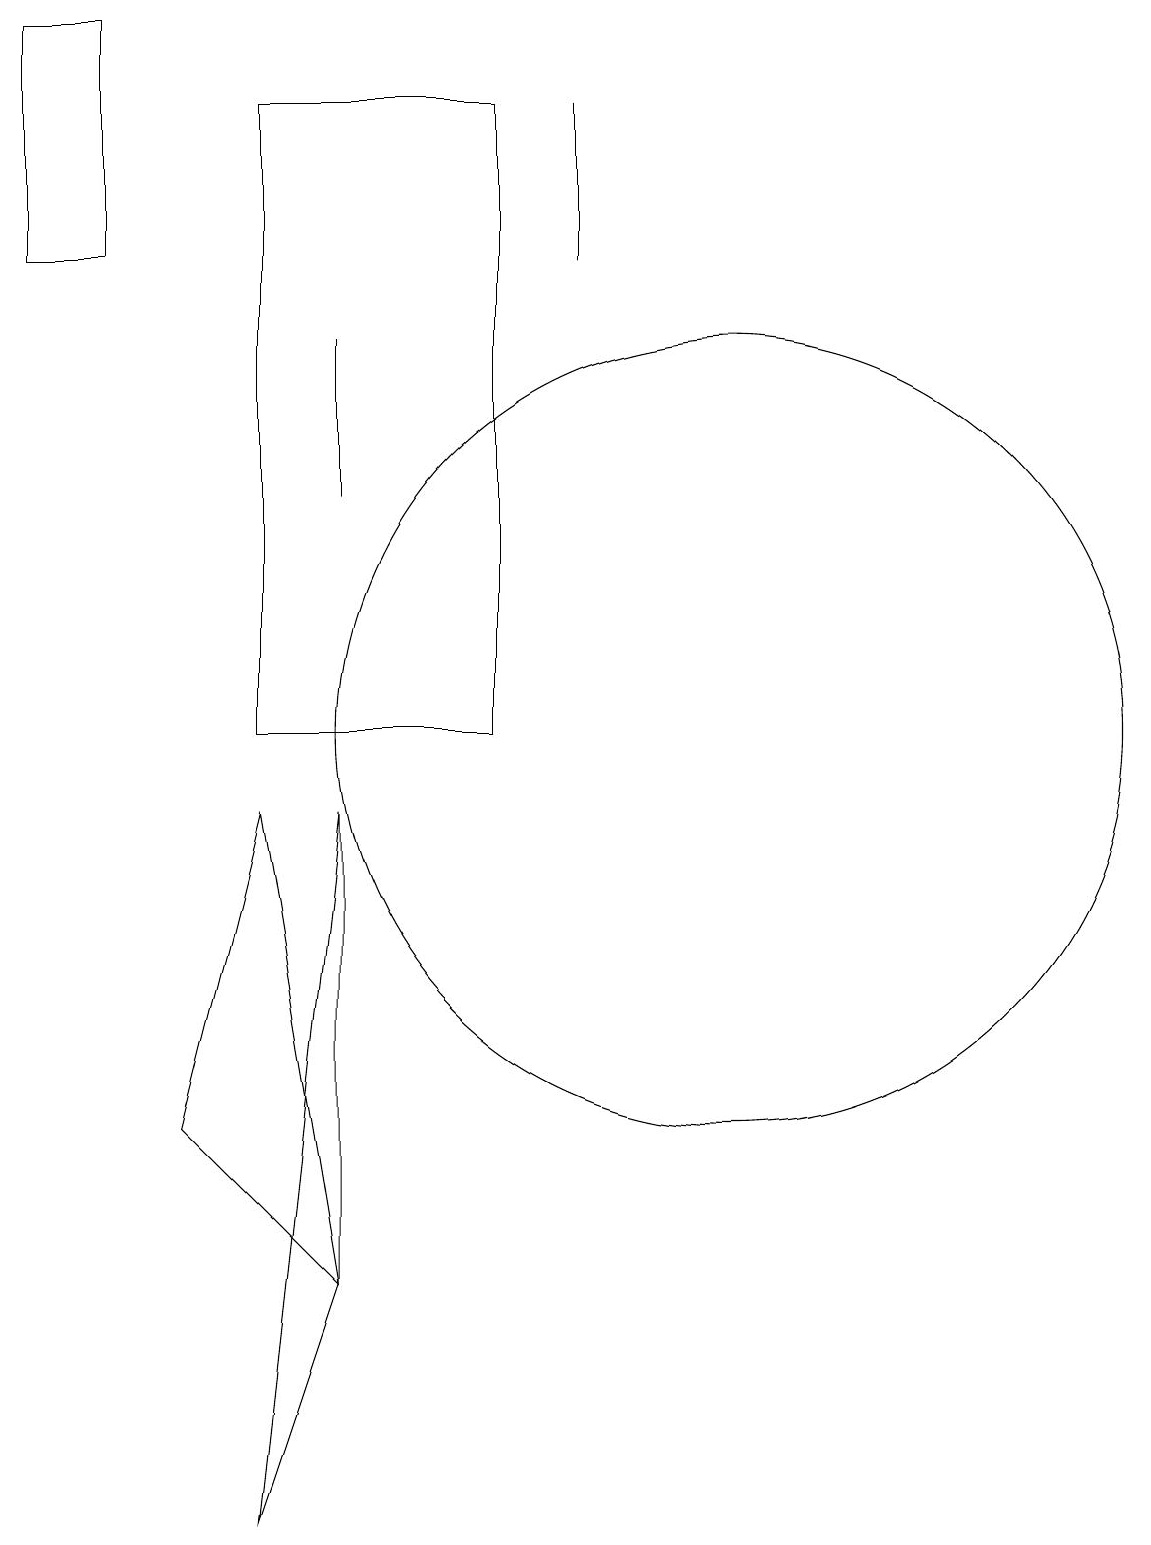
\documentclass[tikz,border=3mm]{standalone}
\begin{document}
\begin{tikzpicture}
\draw (5,9) -- (5,3) -- (4,0) -- cycle;
\draw (5,15) rectangle (5,13);
\draw (10,10) circle (5);
\draw (8,18) rectangle (8,16);
\draw (5,3) -- (3,5) -- (4,9) -- cycle;
\draw (2,16) rectangle (1,19);
\draw (4,10) rectangle (7,18);
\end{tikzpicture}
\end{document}